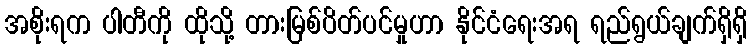
အစိုးရက ပါတီကို ထိုသို့ တားမြစ်ပိတ်ပင်မှုဟာ နိုင်ငံရေးအရ ရည်ရွယ်ချက်ရှိရှိ